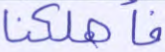
فأهلكنا